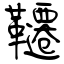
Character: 韆